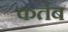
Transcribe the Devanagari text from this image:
कर्तब